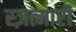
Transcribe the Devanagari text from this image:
स्ज़त्मारी